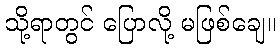
သို့ရာတွင် ပြောလို့ မဖြစ်ချေ။